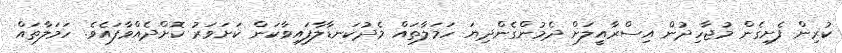
ކުރިން ފެށިގެން މުޖާހިދުން އިސްރާއީލަށް ދެމުންގެންދިޔަ ހަމަލާތައް މެދުކަނޑާލާފައިވާކަން ކަށަވަރު ކޮށްދެއްވާފައެވެ. ހަމަލާތައް